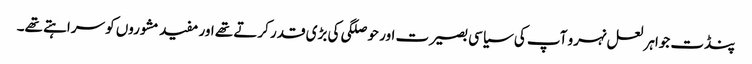
پنڈت جواہر لعل نہرو آپ کی سیاسی بصیرت اور حوصلگی کی بڑی قدر کرتے تھے اور مفید مشوروں کو سراہتے تھے۔